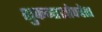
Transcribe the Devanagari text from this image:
शुकनाशोपदेश